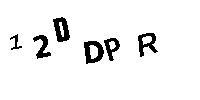
12DDPR